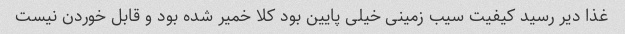
غذا دیر رسید کیفیت سیب زمینی خیلی پایین بود کلا خمیر شده بود و قابل خوردن نیست